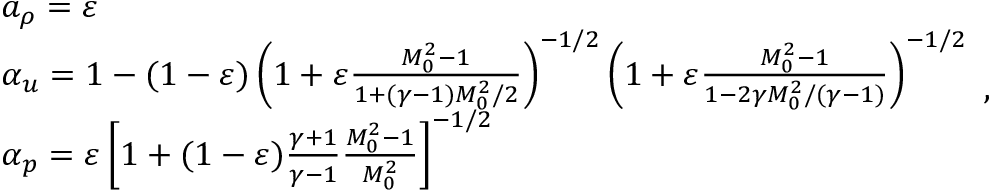
\begin{array} { r l } & { a _ { \rho } = \varepsilon } \\ & { \alpha _ { u } = 1 - ( 1 - \varepsilon ) \left( 1 + \varepsilon \frac { M _ { 0 } ^ { 2 } - 1 } { 1 + ( \gamma - 1 ) M _ { 0 } ^ { 2 } / 2 } \right) ^ { - 1 / 2 } \left( 1 + \varepsilon \frac { M _ { 0 } ^ { 2 } - 1 } { 1 - 2 \gamma M _ { 0 } ^ { 2 } / ( \gamma - 1 ) } \right) ^ { - 1 / 2 } } \\ & { \alpha _ { p } = \varepsilon \left[ 1 + ( 1 - \varepsilon ) \frac { \gamma + 1 } { \gamma - 1 } \frac { M _ { 0 } ^ { 2 } - 1 } { M _ { 0 } ^ { 2 } } \right] ^ { - 1 / 2 } } \end{array} ,